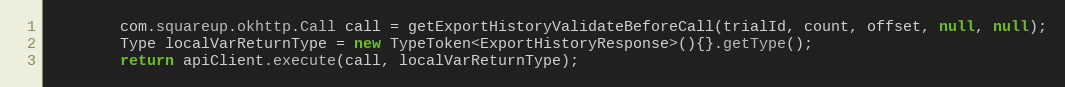
Language: Java
        com.squareup.okhttp.Call call = getExportHistoryValidateBeforeCall(trialId, count, offset, null, null);
        Type localVarReturnType = new TypeToken<ExportHistoryResponse>(){}.getType();
        return apiClient.execute(call, localVarReturnType);